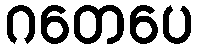
ဂတေပေ